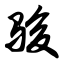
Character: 骏